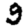
Digit: 9